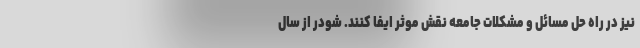
نیز در راه حل مسائل و مشکلات جامعه نقش موثر ایفا کنند. شودر از سال